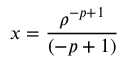
x = { \frac { \rho ^ { - p + 1 } } { ( - p + 1 ) } }